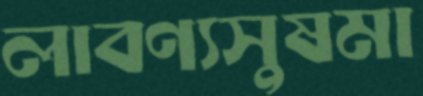
লাবণ্যসুষমা